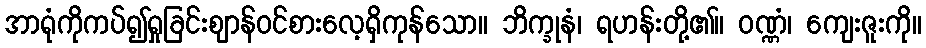
အာရုံကိုကပ်၍ရှုခြင်းဈာန်ဝင်စားလေ့ရှိကုန်သော။ ဘိက္ခုနံ၊ ရဟန်းတို့၏။ ဝဏ္ဏံ၊ ကျေးဇူးကို။